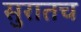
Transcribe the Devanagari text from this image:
सुरातच